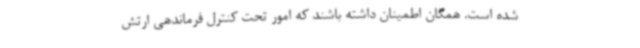
شده است. همگان اطمینان داشته باشند که امور تحت کنترل فرماندهی ارتش